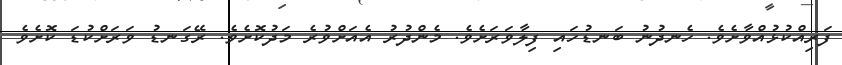
ފަރިއްކުޅުއްވާށެވެ. ހެނދުނު ބަނޑުހައި ފިލާވަރަށެވެ. މެންދުރު އެއަށްވުރެ މަދުކޮށެވެ. ރޭގަނޑު ވަރަށްކުޑަ ކޮށެވެ